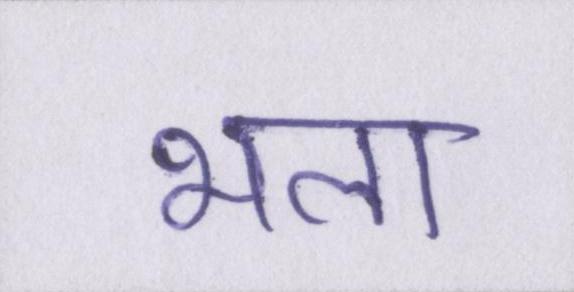
भला